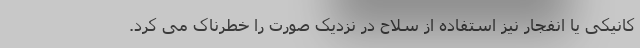
کانیکی یا انفجار نیز استفاده از سلاح در نزدیک صورت را خطرناک می کرد.